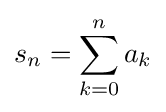
s_{n}=\sum _{k=0}^{n}a_{k}